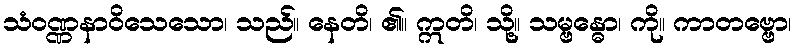
သံဝဏ္ဏနာဝိသေသော၊ သည်။ နေတိ၊ ၏။ ဣတိ၊ သို့။ သမ္ဗန္ဓော၊ ကို။ ကာတဗ္ဗော၊